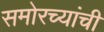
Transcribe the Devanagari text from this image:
समोरच्यांची